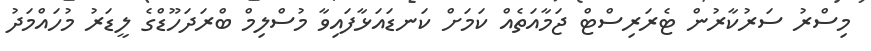
މިސްރު ސަރުކާރުން ޓެރަރިސްޓް ޖަމާއަތެއް ކަމަށް ކަނޑައަޅާފައިވާ މުސްލިމް ބްރަދަހޫޑްގެ ލީޑަރު މުހައްމަދު